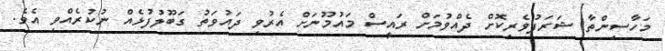
މަހާސިންތާ ޝަރަފުވެރިކޮށް ދެއްވުމަށް ރައީސް މައުމޫނަށް އެރުވި ދައުވަތު ގަބޫލުފުޅެއް ނުކުރެއްވި އެވެ.